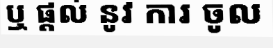
ឬ ផ្តល់ នូវ ការ ចូល